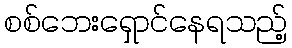
စစ်ဘေးရှောင်နေရသည့်